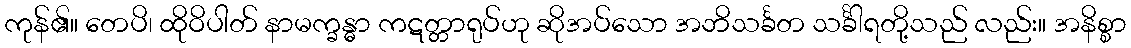
ကုန်၏။ တေပိ၊ ထိုဝိပါတ် နာမက္ခန္ဓာ ကဋတ္တာရုပ်ဟု ဆိုအပ်သော အဘိသင်္ခတ သင်္ခါရတို့သည် လည်း။ အနိစ္စာ